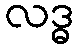
လဒ္ဓ